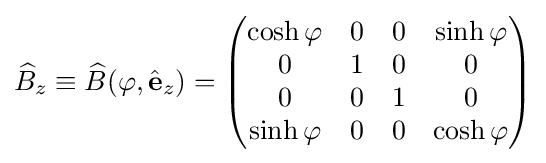
{\widehat {B}}_{z}\equiv {\widehat {B}}(\varphi ,{\hat {\mathbf {e} }}_{z})={\begin{pmatrix}\cosh \varphi &0&0&\sinh \varphi \\0&1&0&0\\0&0&1&0\\\sinh \varphi &0&0&\cosh \varphi \\\end{pmatrix}}